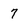
Character: 7